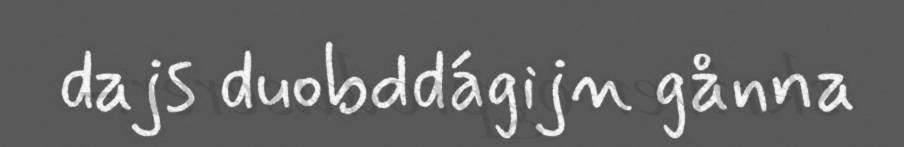
dajs duobddágijn gånna